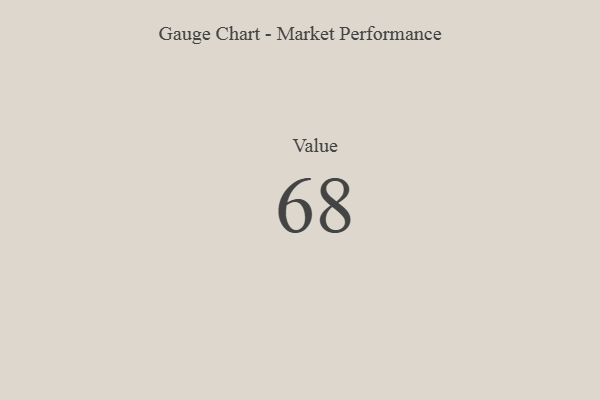
{"axis": {"x": "Metric", "y": "Value"}, "legend": [""], "data": [{"x": "Value", "y": 68, "type": ""}]}